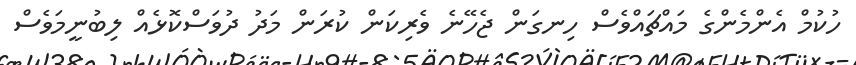
ހުކުމް އެންމެންގެ މައްޗައްވެސް ހިނގަން ޖެހޭނެ ވެރިކަން ކުރަން މަދު ދުވަސްކޮޅެއް ލިބުނީމަވެސް